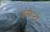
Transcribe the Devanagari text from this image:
इन्फैंन्ट्री